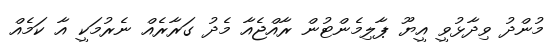
މުންދު ވިދާޅުވީ އީޔޫ ޕާލިމެންޓުން ރާއްޖެއާ މެދު ގަރާރެއް ނެރުމަކީ އާ ކަމެއް